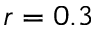
r = 0 . 3